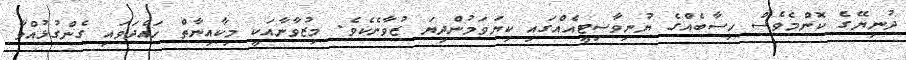
ދުނިޔޭގެ ކޮންމެވެސް ހިސާބެއްގެ ޔުނިވާސިޓީއެއްގައި ކިޔަވަމުންދިޔަ ޒުވާނެކެވެ. މިޒުވާނާއަކީ މިކާއިނާތް ހައްދަވައި ގެންގުޅުއްވާ